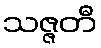
သဇ္ဇတီ